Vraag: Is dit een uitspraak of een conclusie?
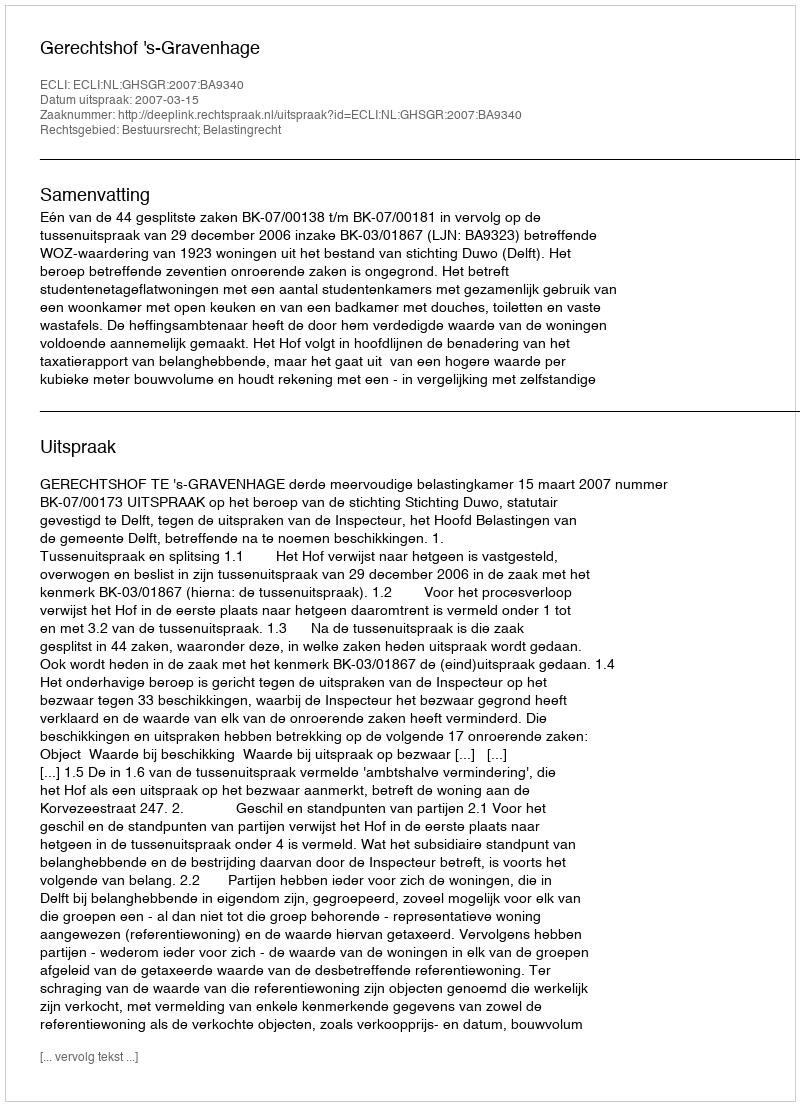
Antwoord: Uitspraak